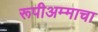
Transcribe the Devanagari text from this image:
रूपीअम्माचा